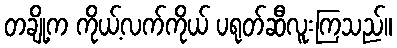
တချို့က ကိုယ့်လက်ကိုယ် ပရုတ်ဆီလူးကြသည်။